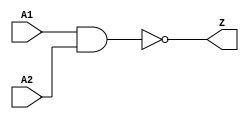
module Nand2(A1,A2,Z);

input A1,A2;
output Z;

assign Z = (~(A1 & A2));

endmodule